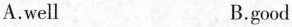
A.well B.good